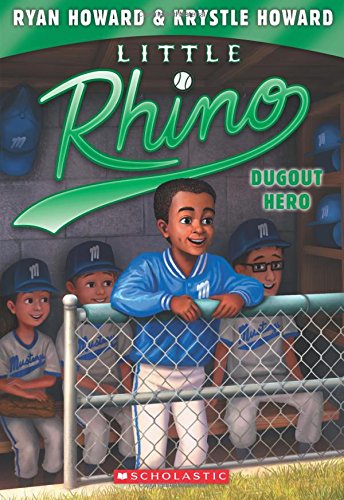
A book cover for Little Rhino #3: Dugout Hero; Ryan Howard; Children's Books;